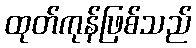
ထုတ်ကုန်ဖြစ်သည်